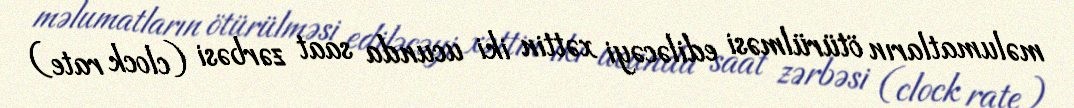
məlumatların ötürülməsi ediləcəyi xəttin iki ucunda saat zərbəsi (clock rate)